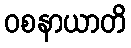
ဝစနာယာတိ